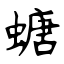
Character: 螗